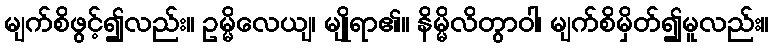
မျက်စိဖွင့်၍လည်း။ ဥမ္မိလေယျ၊ မျိုရာ၏။ နိမ္မိလိတွာဝါ၊ မျက်စိမှိတ်၍မူလည်း။